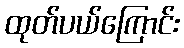
ထုတ်ပယ်ကြောင်း